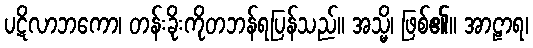
ပဋိလာဘကော၊ တန်းခိုးကိုတဘန်ရပြန်သည်။ အသ္မိ၊ ဖြစ်၏။ အာဠာရ၊